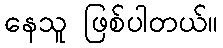
နေသူ ဖြစ်ပါတယ်။